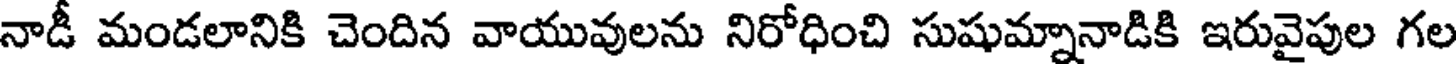
నాడీ మండలానికి చెందిన వాయువులను నిరోధించి సుషుమ్నానాడికి ఇరువైపుల గల